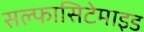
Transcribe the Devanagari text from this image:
सल्फासिटेमाइड